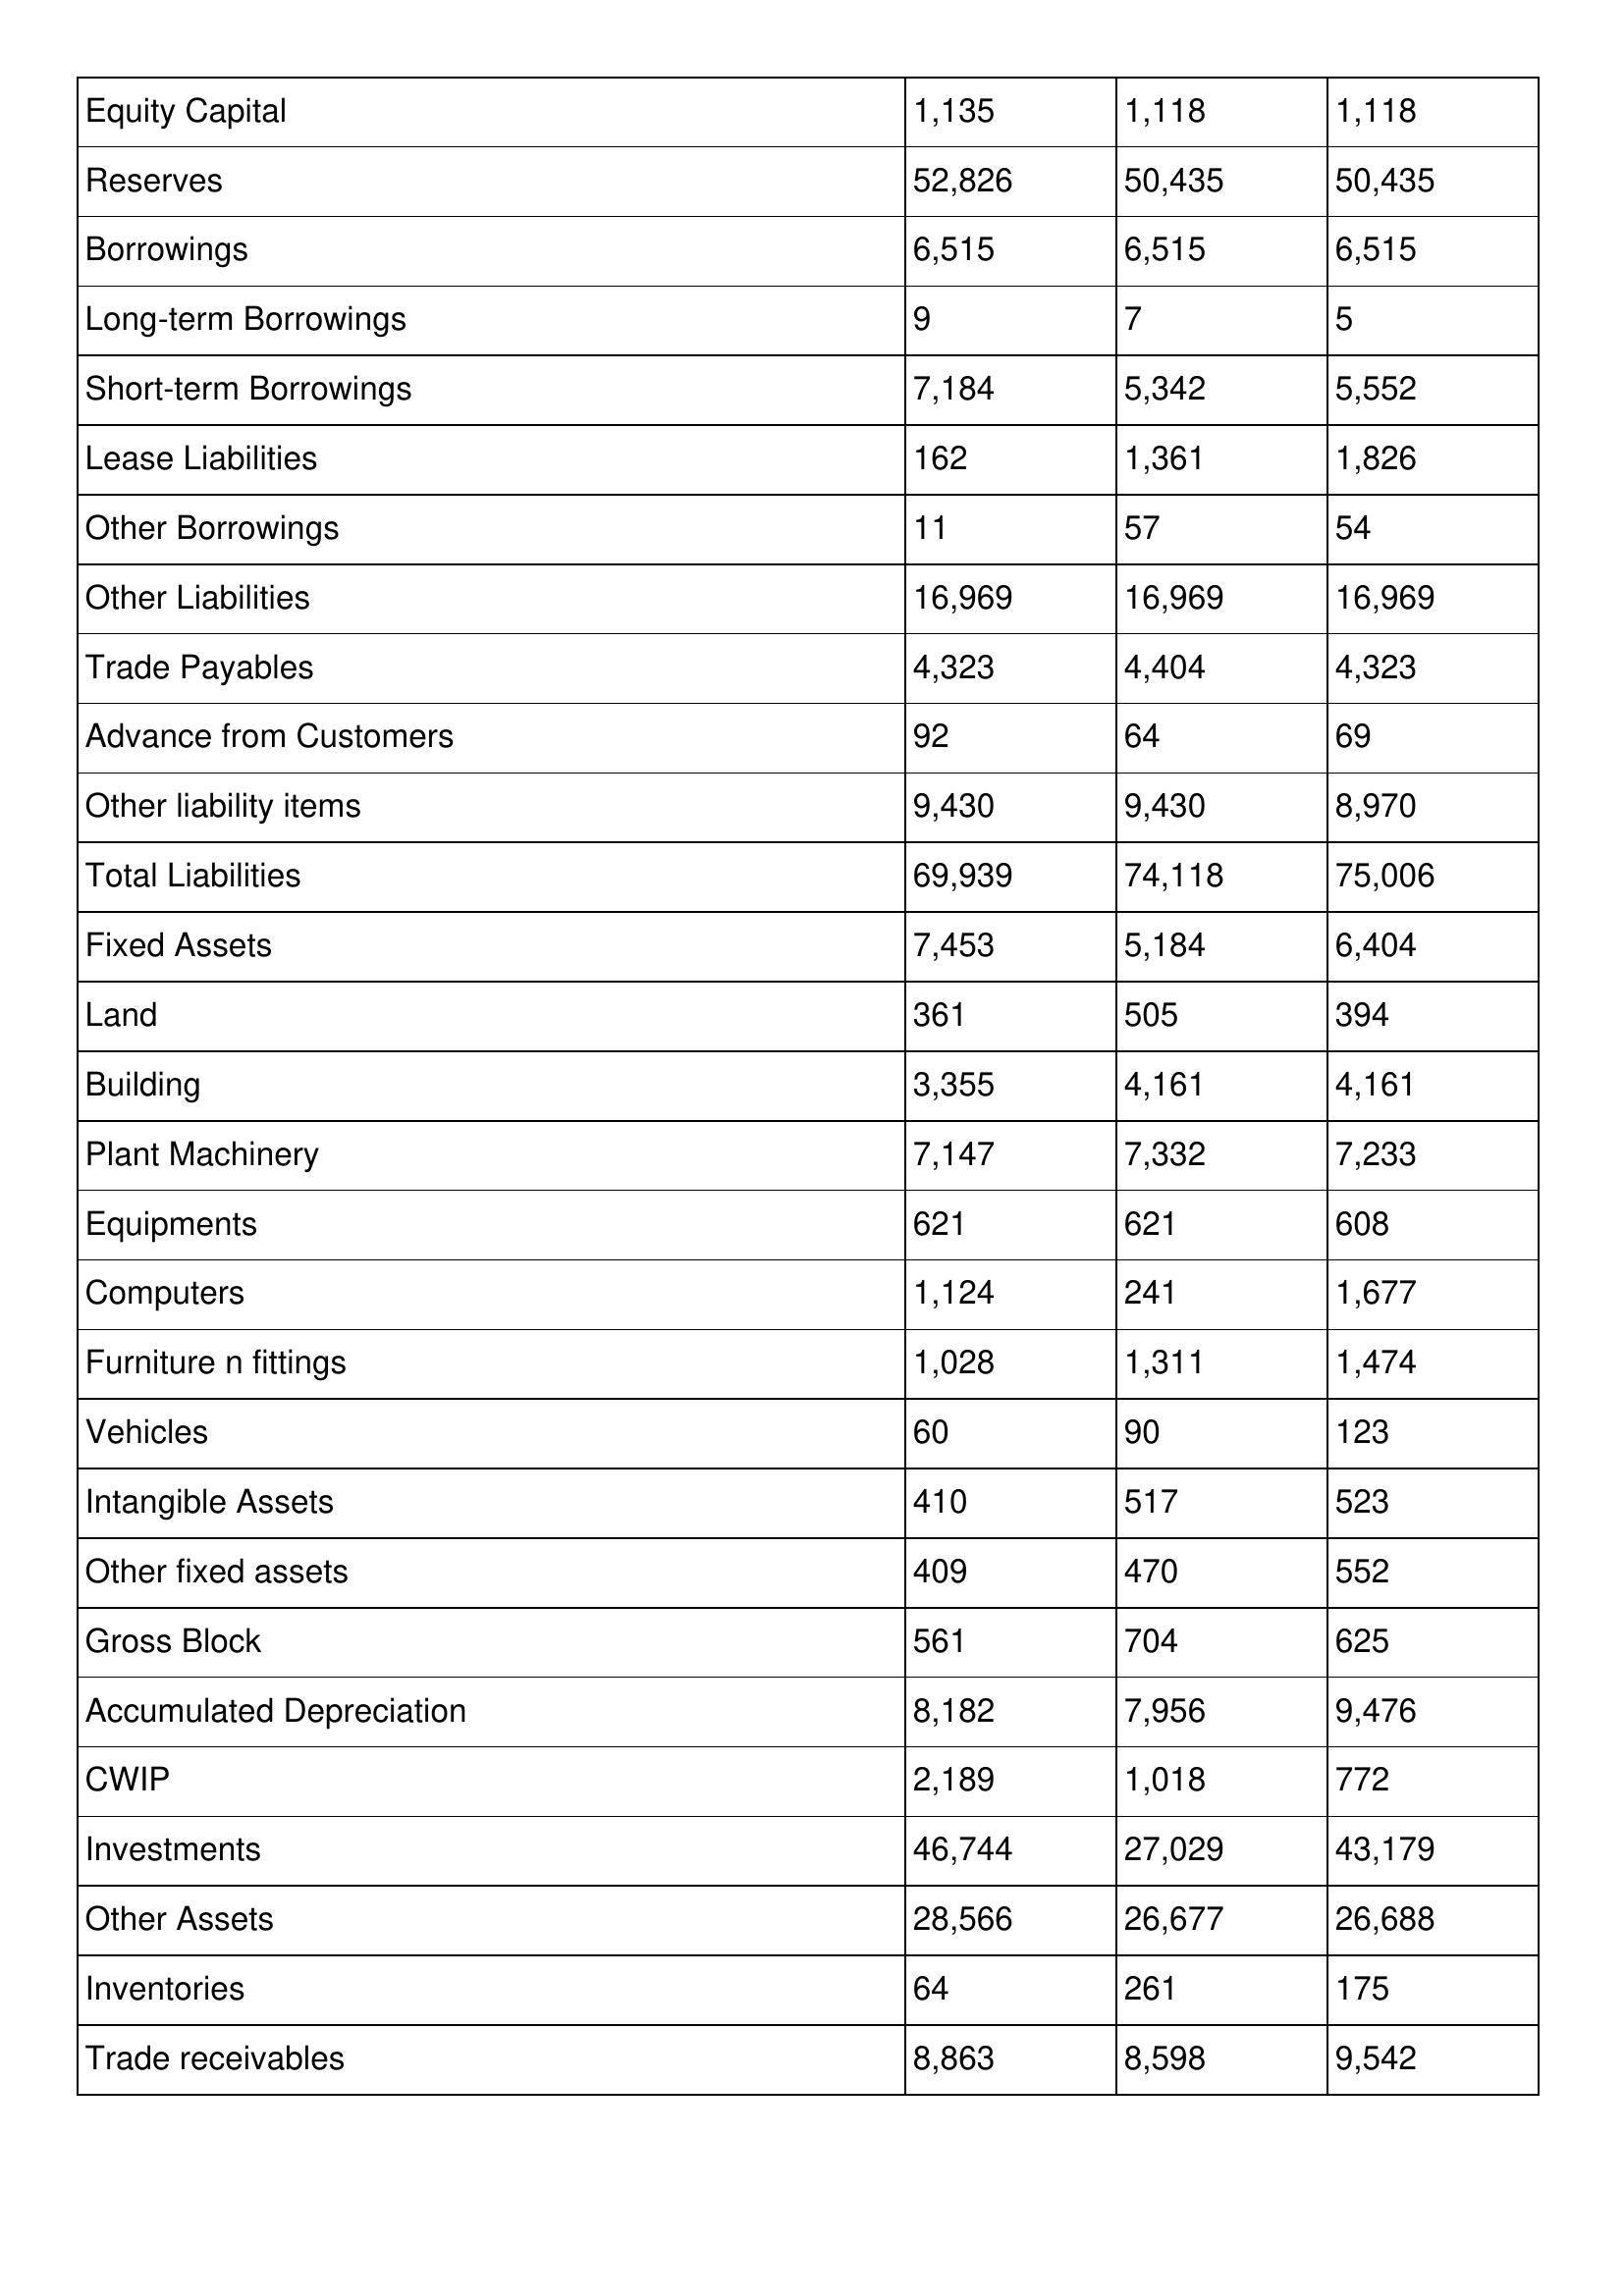
gt_parse: 2001: Balance Sheet: Equity Capital: 1,135
Reserves: 52,826
Borrowings: 6,515
Long-term Borrowings: 9
Short-term Borrowings: 7,184
Lease Liabilities: 162
Other Borrowings: 11
Other Liabilities: 16,969
Trade Payables: 4,323
Advance from Customers: 92
Other liability items: 9,430
Total Liabilities: 69,939
Fixed Assets: 7,453
Land: 361
Building: 3,355
Plant Machinery: 7,147
Equipments: 621
Computers: 1,124
Furniture n fittings: 1,028
Vehicles: 60
Intangible Assets: 410
Other fixed assets: 409
Gross Block: 561
Accumulated Depreciation: 8,182
CWIP: 2,189
Investments: 46,744
Other Assets: 28,566
Inventories: 64
Trade receivables: 8,863
2000: Balance Sheet: Equity Capital: 1,118
Reserves: 50,435
Borrowings: 6,515
Long-term Borrowings: 7
Short-term Borrowings: 5,342
Lease Liabilities: 1,361
Other Borrowings: 57
Other Liabilities: 16,969
Trade Payables: 4,404
Advance from Customers: 64
Other liability items: 9,430
Total Liabilities: 74,118
Fixed Assets: 5,184
Land: 505
Building: 4,161
Plant Machinery: 7,332
Equipments: 621
Computers: 241
Furniture n fittings: 1,311
Vehicles: 90
Intangible Assets: 517
Other fixed assets: 470
Gross Block: 704
Accumulated Depreciation: 7,956
CWIP: 1,018
Investments: 27,029
Other Assets: 26,677
Inventories: 261
Trade receivables: 8,598
1999: Balance Sheet: Equity Capital: 1,118
Reserves: 50,435
Borrowings: 6,515
Long-term Borrowings: 5
Short-term Borrowings: 5,552
Lease Liabilities: 1,826
Other Borrowings: 54
Other Liabilities: 16,969
Trade Payables: 4,323
Advance from Customers: 69
Other liability items: 8,970
Total Liabilities: 75,006
Fixed Assets: 6,404
Land: 394
Building: 4,161
Plant Machinery: 7,233
Equipments: 608
Computers: 1,677
Furniture n fittings: 1,474
Vehicles: 123
Intangible Assets: 523
Other fixed assets: 552
Gross Block: 625
Accumulated Depreciation: 9,476
CWIP: 772
Investments: 43,179
Other Assets: 26,688
Inventories: 175
Trade receivables: 9,542